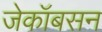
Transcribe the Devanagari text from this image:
जेकॉबसन